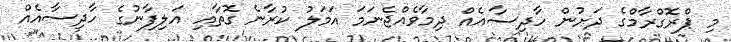
މި ޕްރޮގްރާމްގެ ދަށުން ހާދިސާއެއް ދިމާވެއްޖެނަމަ އަމަލު ކުރާނެ ގޮތާއި އަލިފާނުގެ ހާދިސާއެއް